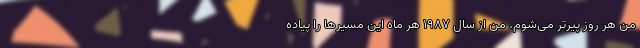
من هر روز پیرتر می‌شوم. من از سال 1987 هر ماه این مسیرها را پیاده